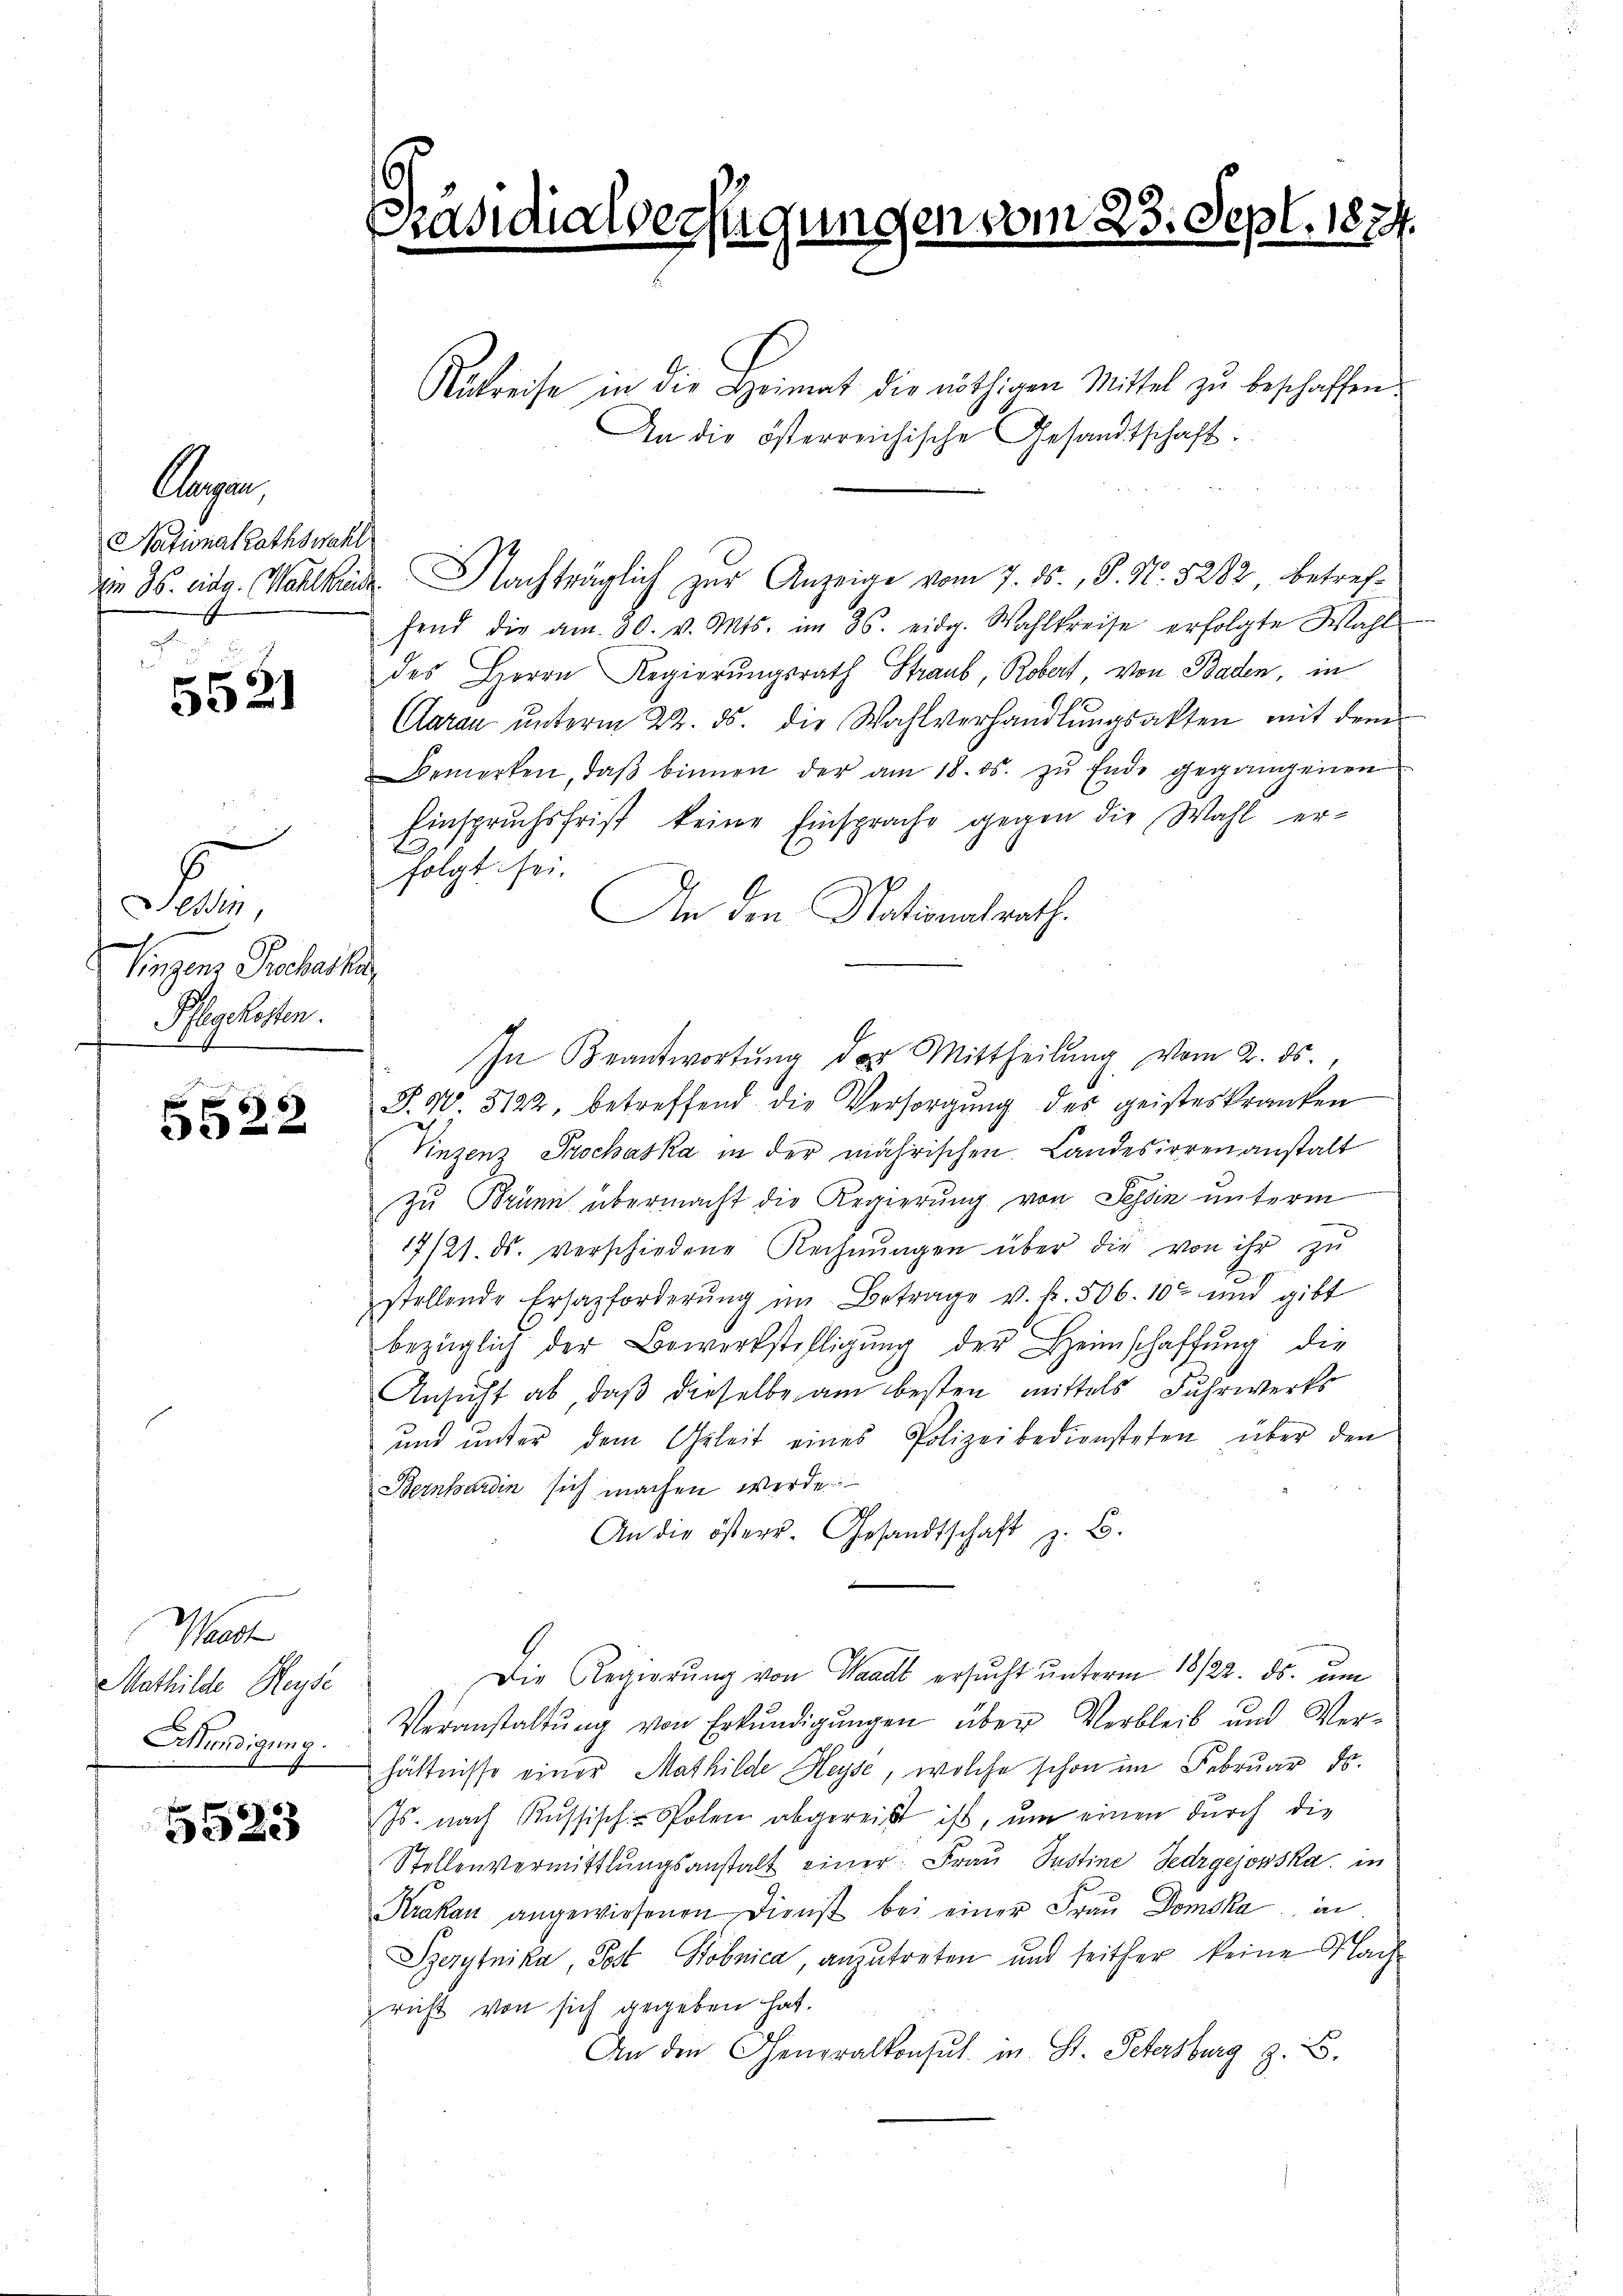
agen,
Nationalrathswahl

3
5521

e
Singen Precheris
Pflegekosten.
27

5522

Waadt
Mathilde Heyse
Mündigung.

5523

6
Präsidialverfügungen vom 23. Sept. 187.

Rükreise in die Heimat die nöthigen Mittel zu beschaffen.
An die österreichische Gesandtschaft:
iin 35. eidg. Wahlkinde Nachträglich zŭr Anzeige vom 7. ds., S. Nr. 5282, betreffend die am 30. v. Mts. im 26. eidg. Wahlkreise erfolgte Wahl-
des Herrn Regierŭngsrath Straub, Robert, von Baden, in
Caran ŭnterm 22. ds. die Wahlverhandlŭngsakten mit dem
emerken, daß binnen der am 18. ds. zu Ende gegangenen
Einspruchsfrist keine Einsprache gegen die Wahl erfolgt sei.
An den Nationalrath.
P. 90. 3122, betreffend die Versorgung des geisteskranken
Vinzenz Prochaska in der mährischen Landesirrenanstalt
zu Brünn übermacht die Regierung von Tessin unterm
17/21. ds. verschiedene Rechnŭngen über die von ihr zu
stellende Ersazforderŭng im Betrage v. k. 506. 102 und gibt
bezüglich der Bewerkstelligŭng der Heimschaffŭng die
Ansicht ab, daß dieselbe am besten mittels Fuhrwerks
und unter dem Geleit eines Polizeibediensteten über den
Bernhardin sich machen werde
An die österr. Gesandtschaft z. B.
Die Regierung von Waadt ersucht unterm 18/22. ds. um
Veranstaltung von Erkŭndigŭngen über Verbleib und Ver-
hältnisse einer Mathilde Heyse, welche schon im Februar d.
Js. nach Russisch-Polen abgereist ist, um einen durch die
Stellenvermittlungsanstalt einer: Frau Justine Sedrgejosska, in
Krakau angewiesenen Dienst bei einer Frau Domska in
Szerytnika, Post Kobnica, anzutreten und seither keine Nach-
richt von sich gegeben hat.
An den Generalkonsul in St. Petersburg z. B.

In Beantwortung der Mittheilung vom 2. ds.,